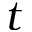
t